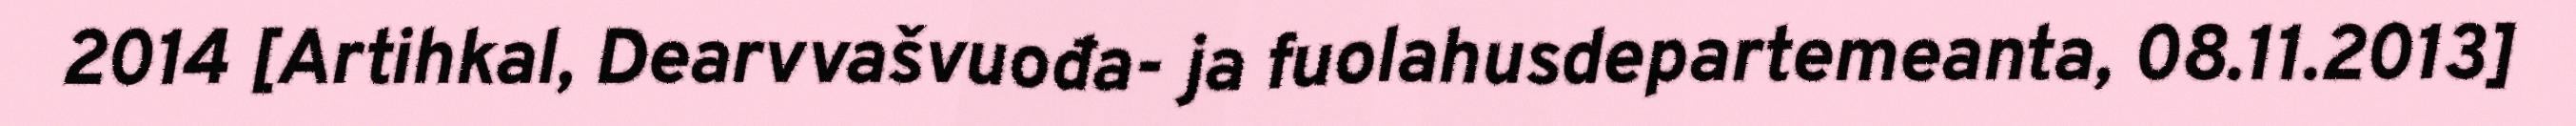
2014 [Artihkal, Dearvvašvuođa- ja fuolahusdepartemeanta, 08.11.2013]